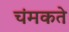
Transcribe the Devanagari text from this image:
चंमकते